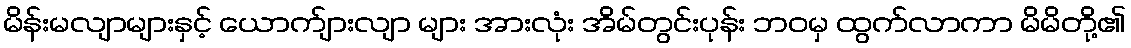
မိန်းမလျာများနှင့် ယောက်ျားလျာ များ အားလုံး အိမ်တွင်းပုန်း ဘဝမှ ထွက်လာကာ မိမိတို့၏